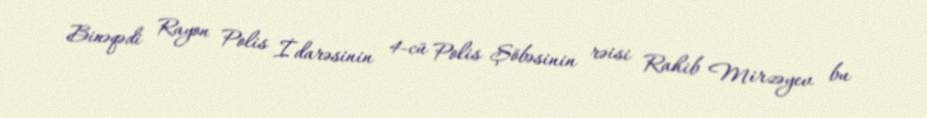
Binəqədi Rayon Polis İdarəsinin 4-cü Polis Şöbəsinin rəisi Rahib Mirzəyev bu